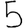
Digit: 5